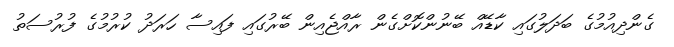
ގެންދިއުމުގެ ބަދަލުގައި ކާޑޭއް ބޭނުންކޮށްގެން ރާއްޖެއިން ބޭރުގައި ފައިސާ ހަރަދު ކުރުމުގެ ފުރުސަތު